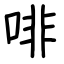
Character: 啡